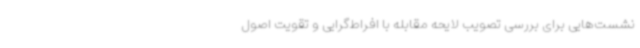
نشست‌هایی برای بررسی تصویب لایحه مقابله با افراط‌گرایی و تقویت اصول